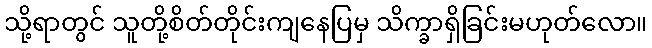
သို့ရာတွင် သူတို့စိတ်တိုင်းကျနေပြမှ သိက္ခာရှိခြင်းမဟုတ်လော။